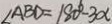
\angle A B D = 1 8 0 ^ { \circ } - 3 \alpha